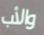
والأب